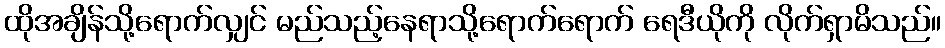
ထိုအချိန်သို့ရောက်လျှင် မည်သည့်နေရာသို့ရောက်ရောက် ရေဒီယိုကို လိုက်ရှာမိသည်။